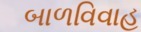
બાળવિવાહ